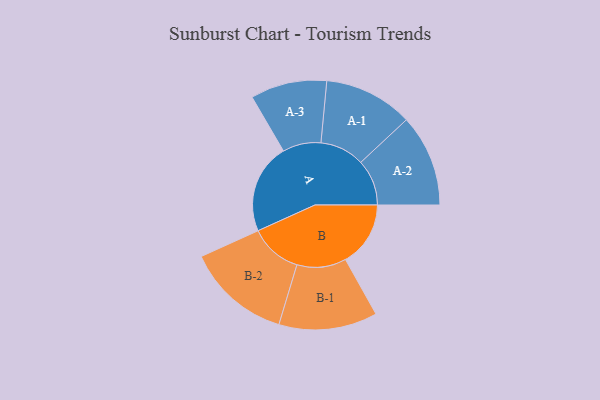
{"axis": {"x": "Segment", "y": "Value"}, "legend": ["", "A", "B"], "data": [{"x": "A", "y": 473, "type": ""}, {"x": "B", "y": 342, "type": ""}, {"x": "A-1", "y": 234, "type": "A"}, {"x": "A-2", "y": 242, "type": "A"}, {"x": "A-3", "y": 201, "type": "A"}, {"x": "B-1", "y": 259, "type": "B"}, {"x": "B-2", "y": 275, "type": "B"}]}